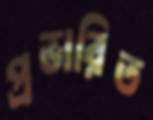
প্রভারিত